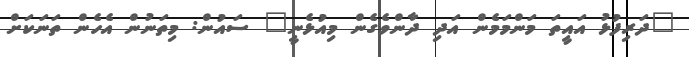
"ދަރިފުޅު އައީތަ މަންމަމެން އަދި ދާންވެގެން މިއުޅެނީ" ސައުން: މިތަނުން އެހެން ތަނަކަށް